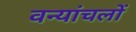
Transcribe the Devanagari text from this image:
वन्यांचलों